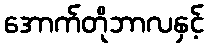
အောက်တိုဘာလနှင့်